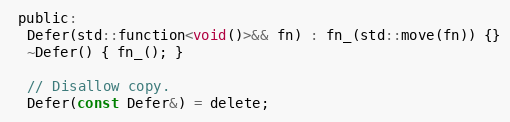
Language: C
 public:
  Defer(std::function<void()>&& fn) : fn_(std::move(fn)) {}
  ~Defer() { fn_(); }

  // Disallow copy.
  Defer(const Defer&) = delete;